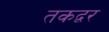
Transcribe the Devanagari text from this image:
तकद्वर